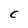
Character: C